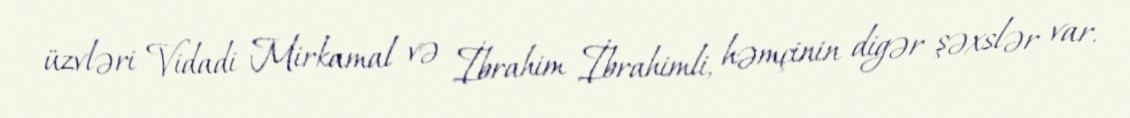
üzvləri Vidadi Mirkamal və İbrahim İbrahimli, həmçinin digər şəxslər var.